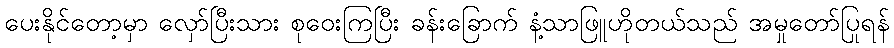
ပေးနိုင်တော့မှာ လှော်ပြီးသား စုဝေးကြပြီး ခန်းခြောက် နံ့သာဖြူဟိုတယ်သည် အမှုတော်ပြုရန်